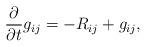
LaTeX: \begin{align*} \frac{\partial}{\partial t} g_{ij}= -R_{ij} + g_{ij}, \end{align*}